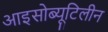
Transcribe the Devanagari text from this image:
आइसोब्यूटिलीन